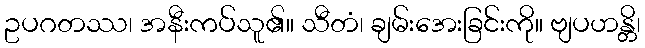
ဥပဂတဿ၊ အနီးကပ်သူ၏။ သီတံ၊ ချမ်းအေးခြင်းကို။ ဗျပဟန္တိ၊